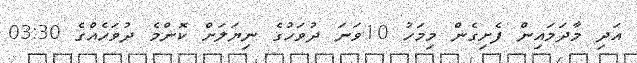
އަދި މާދަމައިން ފެށިގެން މިމަހު 10ވަނަ ދުވަހުގެ ނިޔަލަށް ކޮންމެ ދުވަހެއްގެ 03:30